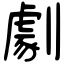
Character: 劇